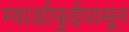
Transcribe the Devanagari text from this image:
ग्वार्डाफुईपासून